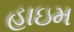
હાઇમ